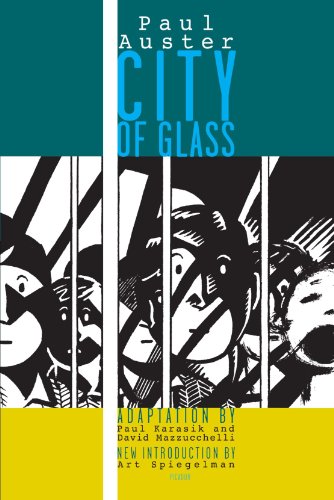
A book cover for City of Glass: The Graphic Novel (New York Trilogy); Paul Auster; Comics & Graphic Novels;